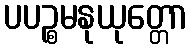
ပပဉ္စမနုယုတ္တော